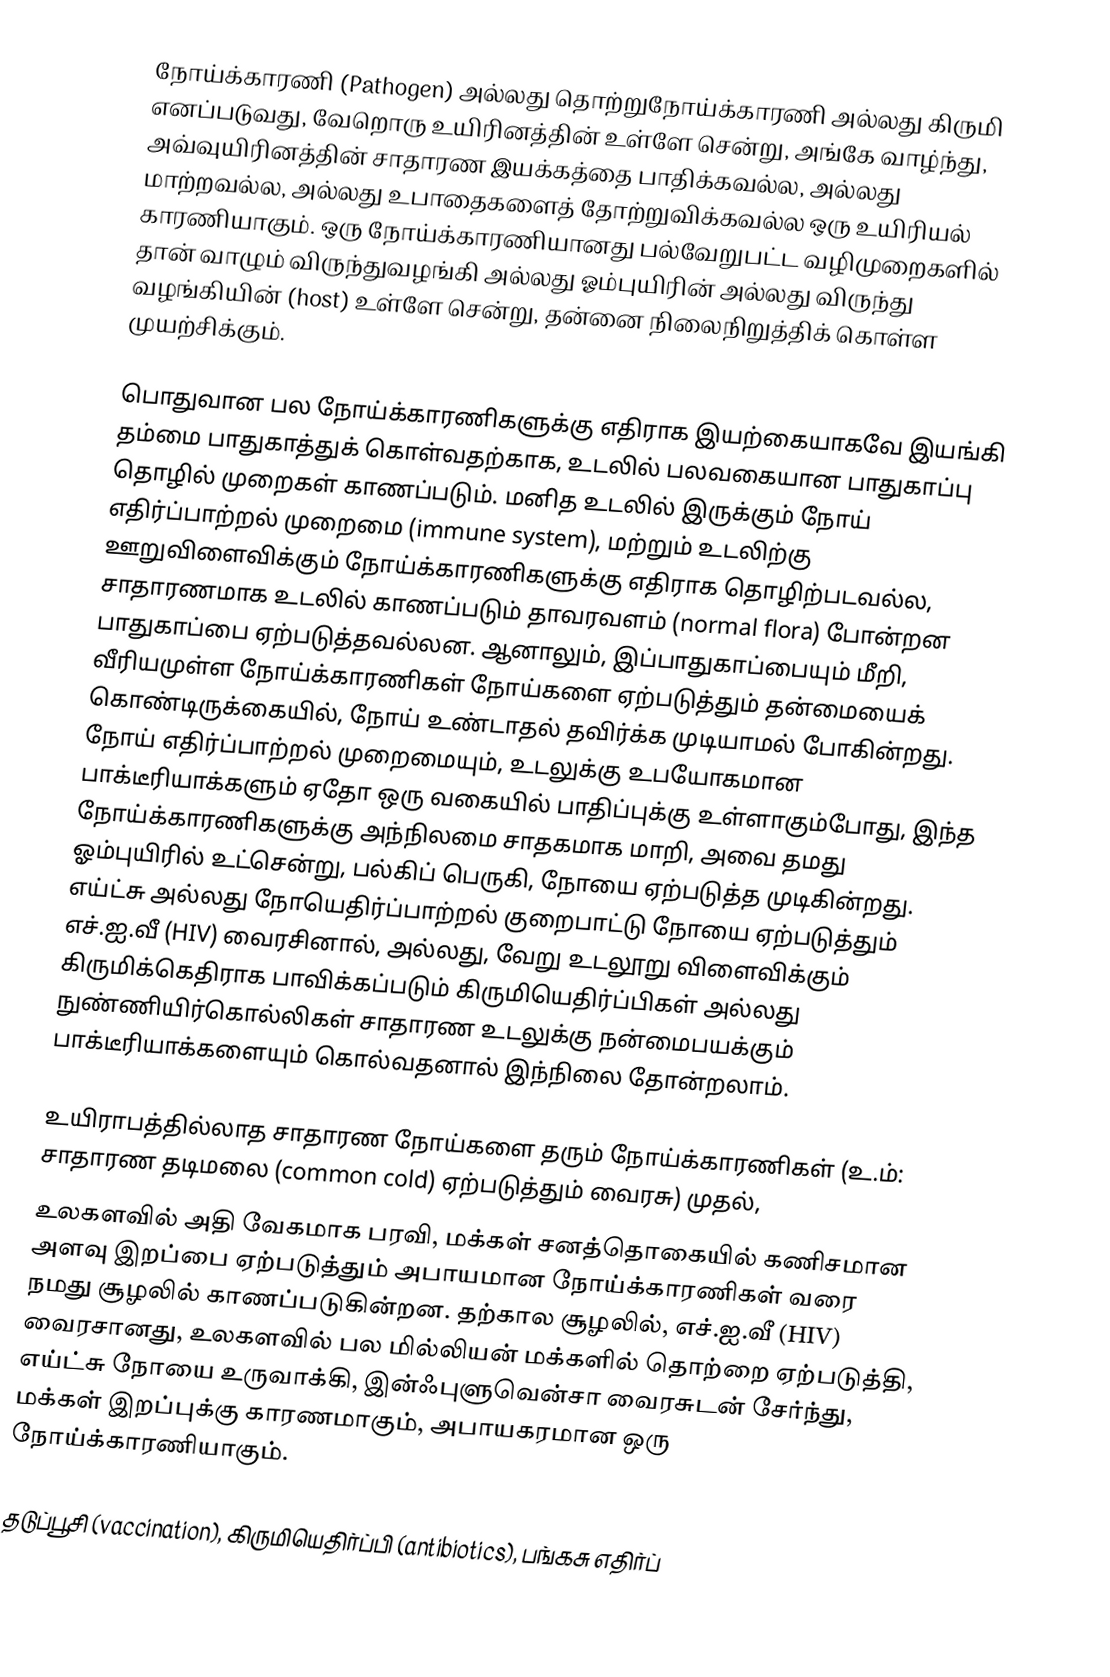
நோய்க்காரணி (Pathogen) அல்லது தொற்றுநோய்க்காரணி அல்லது கிருமி எனப்படுவது, வேறொரு உயிரினத்தின் உள்ளே சென்று, அங்கே வாழ்ந்து, அவ்வுயிரினத்தின் சாதாரண இயக்கத்தை பாதிக்கவல்ல, அல்லது மாற்றவல்ல, அல்லது உபாதைகளைத் தோற்றுவிக்கவல்ல ஒரு உயிரியல் காரணியாகும். ஒரு நோய்க்காரணியானது பல்வேறுபட்ட வழிமுறைகளில் தான் வாழும் விருந்துவழங்கி அல்லது ஓம்புயிரின் அல்லது விருந்து வழங்கியின் (host) உள்ளே சென்று, தன்னை நிலைநிறுத்திக் கொள்ள முயற்சிக்கும்.

பொதுவான பல நோய்க்காரணிகளுக்கு எதிராக இயற்கையாகவே இயங்கி தம்மை பாதுகாத்துக் கொள்வதற்காக, உடலில் பலவகையான பாதுகாப்பு தொழில் முறைகள் காணப்படும். மனித உடலில் இருக்கும் நோய் எதிர்ப்பாற்றல் முறைமை (immune system), மற்றும் உடலிற்கு ஊறுவிளைவிக்கும் நோய்க்காரணிகளுக்கு எதிராக தொழிற்படவல்ல, சாதாரணமாக உடலில் காணப்படும் தாவரவளம் (normal flora) போன்றன பாதுகாப்பை ஏற்படுத்தவல்லன. ஆனாலும், இப்பாதுகாப்பையும் மீறி, வீரியமுள்ள நோய்க்காரணிகள் நோய்களை ஏற்படுத்தும் தன்மையைக் கொண்டிருக்கையில், நோய் உண்டாதல் தவிர்க்க முடியாமல் போகின்றது. நோய் எதிர்ப்பாற்றல் முறைமையும், உடலுக்கு உபயோகமான பாக்டீரியாக்களும் ஏதோ ஒரு வகையில் பாதிப்புக்கு உள்ளாகும்போது, இந்த நோய்க்காரணிகளுக்கு அந்நிலமை சாதகமாக மாறி, அவை தமது ஓம்புயிரில் உட்சென்று, பல்கிப் பெருகி, நோயை ஏற்படுத்த முடிகின்றது. எய்ட்சு அல்லது நோயெதிர்ப்பாற்றல் குறைபாட்டு நோயை ஏற்படுத்தும் எச்.ஐ.வீ (HIV) வைரசினால், அல்லது, வேறு உடலூறு விளைவிக்கும் கிருமிக்கெதிராக பாவிக்கப்படும் கிருமியெதிர்ப்பிகள் அல்லது நுண்ணியிர்கொல்லிகள் சாதாரண உடலுக்கு நன்மைபயக்கும் பாக்டீரியாக்களையும் கொல்வதனால் இந்நிலை தோன்றலாம்.

உயிராபத்தில்லாத சாதாரண நோய்களை தரும் நோய்க்காரணிகள் (உ.ம்: சாதாரண தடிமலை (common cold) ஏற்படுத்தும் வைரசு) முதல்,
உலகளவில் அதி வேகமாக பரவி, மக்கள் சனத்தொகையில் கணிசமான அளவு இறப்பை ஏற்படுத்தும் அபாயமான நோய்க்காரணிகள் வரை நமது சூழலில் காணப்படுகின்றன. தற்கால சூழலில், எச்.ஐ.வீ (HIV) வைரசானது, உலகளவில் பல மில்லியன் மக்களில் தொற்றை ஏற்படுத்தி, எய்ட்சு நோயை உருவாக்கி, இன்ஃபுளுவென்சா வைரசுடன் சேர்ந்து, மக்கள் இறப்புக்கு காரணமாகும், அபாயகரமான ஒரு நோய்க்காரணியாகும்.

தடுப்பூசி (vaccination), கிருமியெதிர்ப்பி (antibiotics), பங்கசு எதிர்ப்